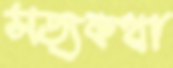
সত্যকথা